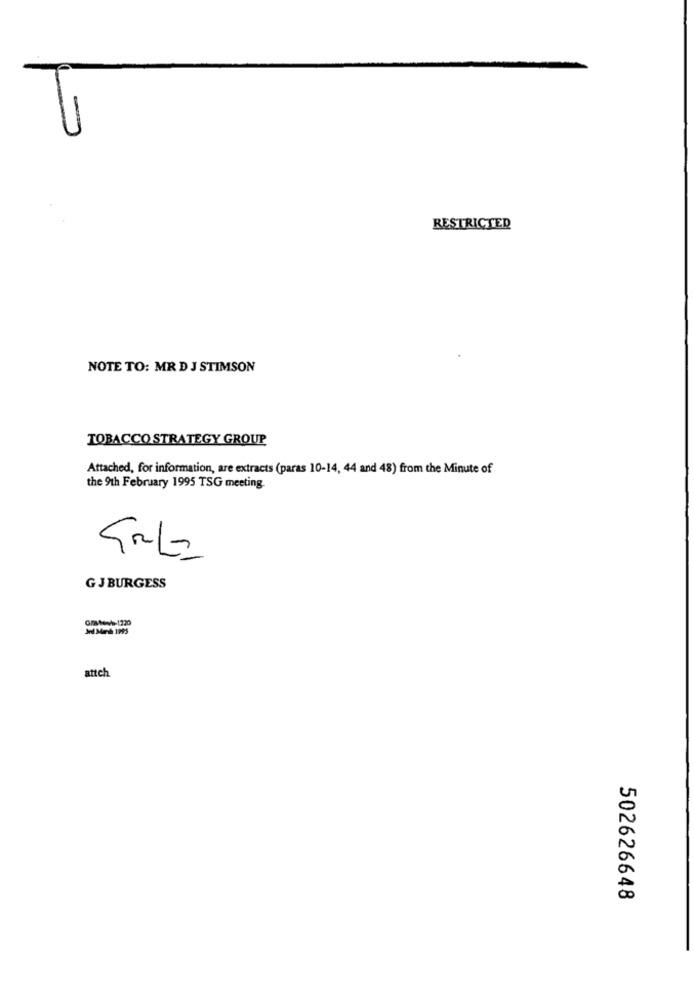
RESTRICTED
NOTE TO: MR D J STIMSON
TOBACCO STRATEGY GROUP
Attached, for information, are extracts (paras 10-14, 44 and 48) from the Minute of
the 9th February 1995 TSG meeting.
GJBURGESS
attch
502626648